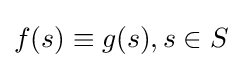
f(s)\equiv g(s),s\in S